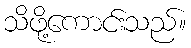
သိဖို့ကောင်းသည်။